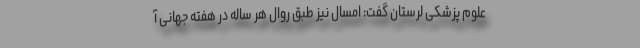
علوم پزشکی لرستان گفت: امسال نیز طبق روال هر ساله در هفته جهانی آ